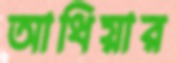
আধিয়ার